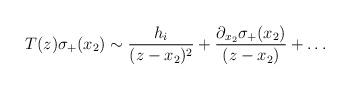
LaTeX: \begin{align*}T(z)\sigma_+(x_2) \sim \frac{h_i}{(z-x_2)^2}+\frac{\partial_{x_2}\sigma_+(x_2)}{(z-x_2)}+\ldots\end{align*}